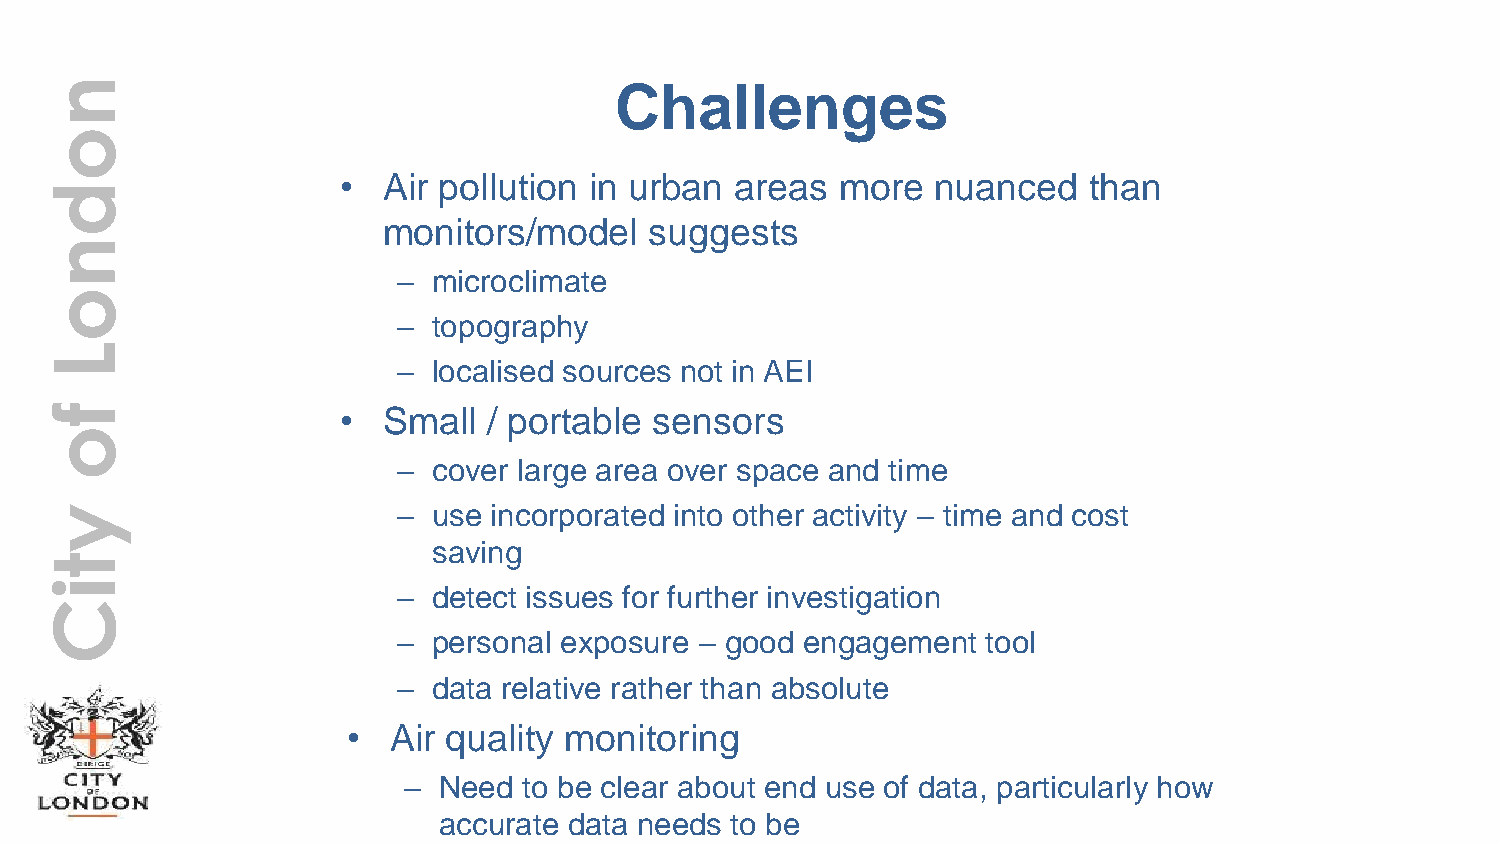
n                                     Challenges
 o
 • Air pollution in urban  areas  more  nuanced   than
 d
 monitors/model    suggests
 n
 –  microclimate
 o
 –  topography
 L
 –  localised sources not in AEI
 f                   • Small  / portable sensors
 o
 –  cover large area over space and time
 y                      –  use incorporated into other activity – time and cost
 saving
 t
 i                      –  detect issues for further investigation
 C
 –  personal exposure – good engagement tool
 –  data relative rather than absolute
 •  Air quality monitoring
 – Need  to be clear about end use of data, particularly how
 accurate data needs to be